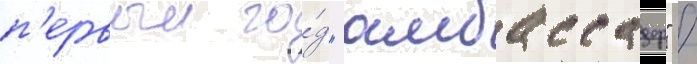
п'ервыи го́д "амбассадор" /